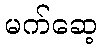
မက်ဆေ့